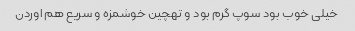
خیلی خوب بود سوپ گرم بود و تهچین خوشمزه و سریع هم اوردن